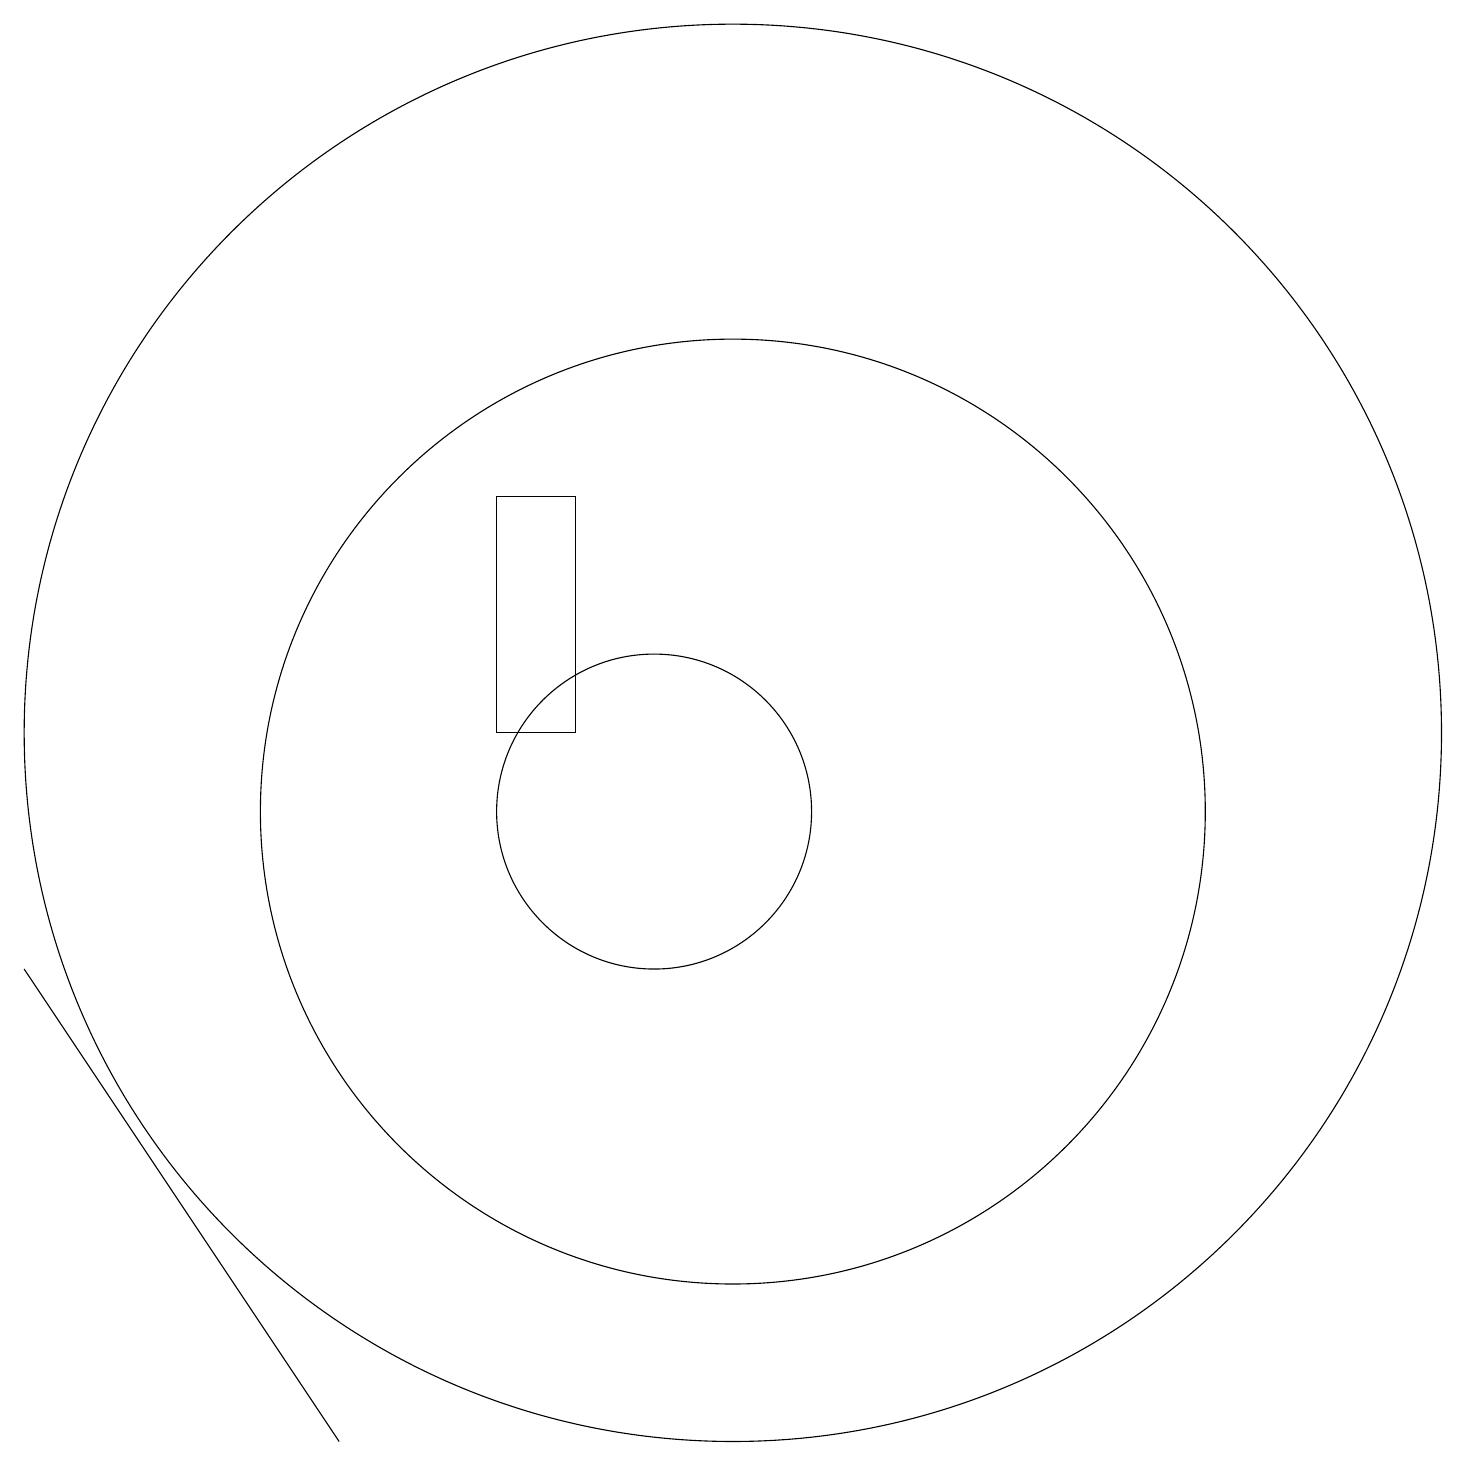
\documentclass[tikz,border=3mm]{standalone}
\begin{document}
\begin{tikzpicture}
\draw (11,10) circle (6);
\draw (11,11) circle (9);
\draw (2,8) -- (6,2) -- (6,2) -- cycle;
\draw (10,10) circle (2);
\draw (9,14) rectangle (8,11);
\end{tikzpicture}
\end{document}